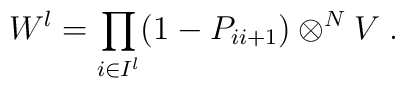
W^{\l} = \prod_{i\in I^{\l}} (1 - P_{ii+1})\otimes^N V \; .